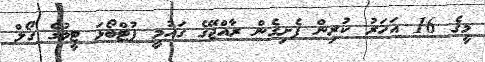
މީގެ 16 އަހަރު ކުރިން ފެށިގެން ރާއްޖޭގެ ގައުމީ ފުޓްބޯޅަ ޓީމުގެ ގޯލް